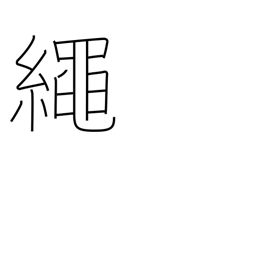
Meaning: cord